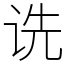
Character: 诜